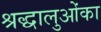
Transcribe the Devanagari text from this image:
श्रद्धालुओंका